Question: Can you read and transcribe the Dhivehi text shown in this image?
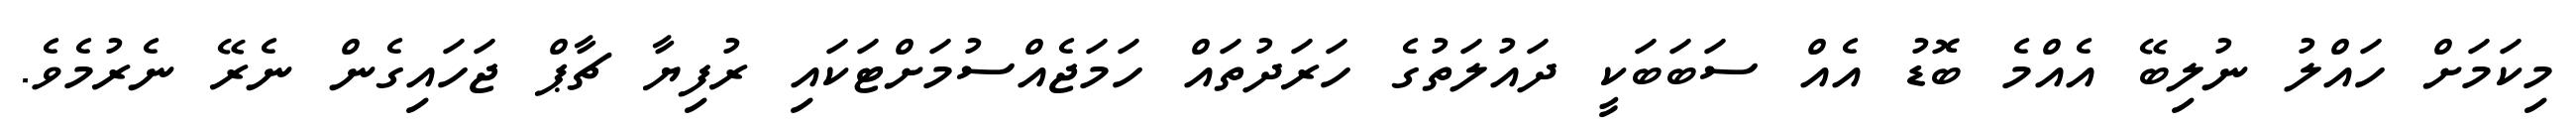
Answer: މިކަމަށް ހައްލު ނުލިބޭ އެއްމެ ބޮޑު އެއް ސަބަބަކީ ދައުލަތުގެ ހަރަދުތައް ހަމަޖެއްސުމަށްޓަކައި ރުފިޔާ ޗާޕް ޖަހައިގެން ނެރޭ ނެރުމެވެ.